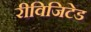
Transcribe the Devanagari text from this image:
रीविजिटेड